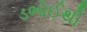
ડભોઈથી